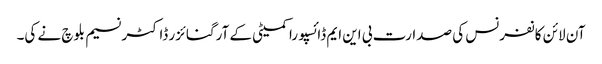
آن لائن کانفرنس کی صدارت بی این ایم ڈائسپورا کمیٹی کے آرگنائزر ڈاکٹر نسیم بلوچ نے کی۔